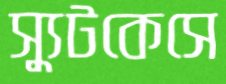
স্যুটকেসে